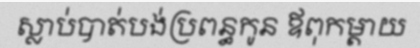
ស្លាប់បាត់បង់ប្រពន្ធកូន ឪពុកម្តាយ